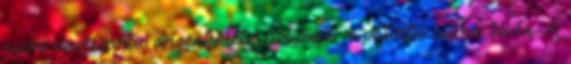
nieko nevalgantis argentinietis lietuvoje: jo patirtis atima žadą. A